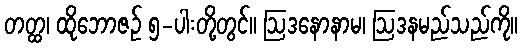
တတ္ထ၊ ထိုဘောဇဉ် ၅-ပါးတို့တွင်။ ဩဒနောနာမ၊ ဩဒနမည်သည်ကို။